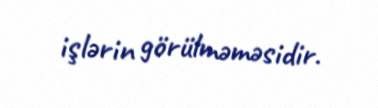
işlərin görülməməsidir.